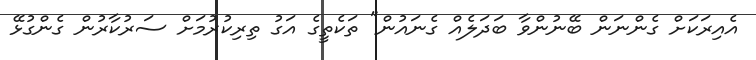
އެއިރަކަށް ގެންނަން ބޭނުންވާ ބަދަލެއް ގެނައުން" ތަކެތީގެ އަގު ތިރިކުރުމަށް ސަރުކާރުން ގެންގުޅޭ